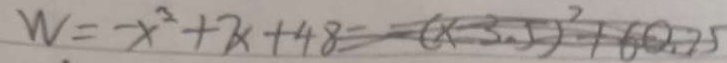
W = - x ^ { 2 } + 7 x + 4 8 = ( x - 3 . 5 ) ^ { 2 } + 6 0 . 2 5